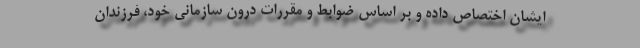
ایشان اختصاص داده و بر اساس ضوابط و مقررات درون سازمانی خود، فرزندان